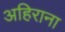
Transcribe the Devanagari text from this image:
अहिराना